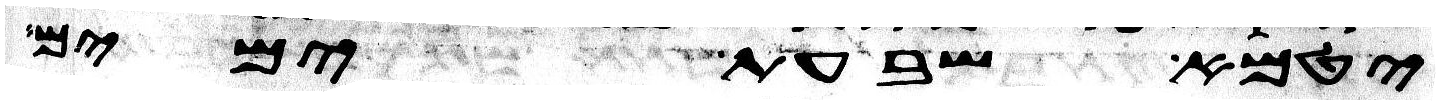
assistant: יטמא שבעת ימים